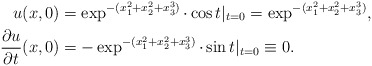
\begin{align*}u(x,0) &= \exp^{-(x_1^2 + x_2^2 + x_3^3)} \cdot \cos t|_{t=0} = \exp^{-(x_1^2 + x_2^2 + x_3^3)} , \\\frac{ \partial u}{\partial t} (x,0) &= -\exp^{-(x_1^2 + x_2^2 + x_3^3)} \cdot \sin t|_{t=0} \equiv 0.\end{align*}